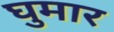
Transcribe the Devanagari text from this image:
घुमार